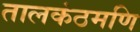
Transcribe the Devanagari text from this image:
तालकंठमणि